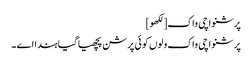
پرشنواچی واک[لکھو]
پرشنواچی واک ولوں کوئی پرشن پچھیا گیا ہندا اے ۔